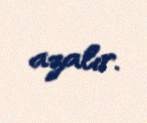
azalır.